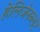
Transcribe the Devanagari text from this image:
हेलिजेनब्लट